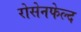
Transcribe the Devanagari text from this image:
रोसेनफेल्द